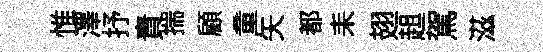
惟澤抒責揣顧童矢都耒翅趄駕滋